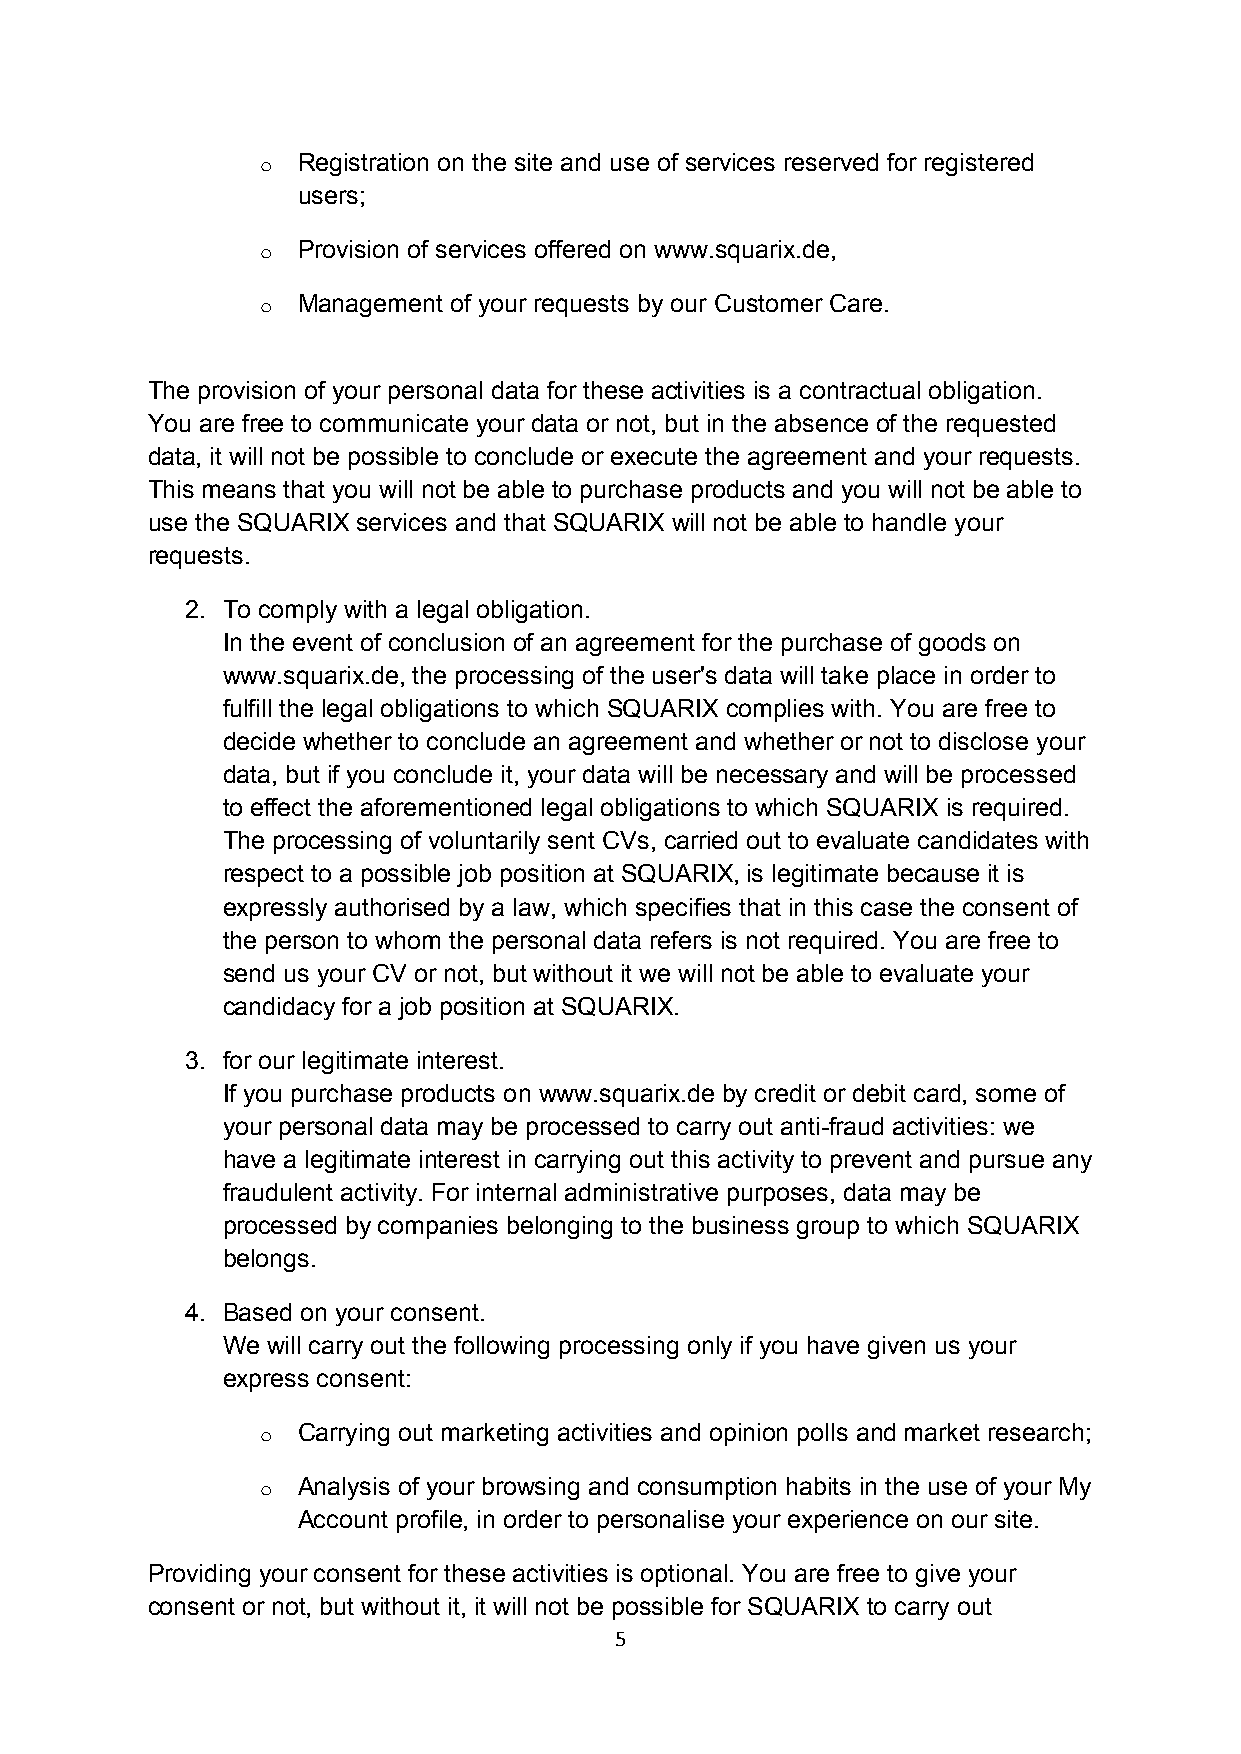
o  Registration on the site and use of services reserved for registered
 users;
 o  Provision of services offered on www.squarix.de,
 o  Management of your requests by our Customer Care.
 The provision of your personal data for these activities is a contractual obligation.
 You are free to communicate your data or not, but in the absence of the requested
 data, it will not be possible to conclude or execute the agreement and your requests.
 This means that you will not be able to purchase products and you will not be able to
 use the SQUARIX services and that SQUARIX will not be able to handle your
 requests.
 2. To comply with a legal obligation.
 In the event of conclusion of an agreement for the purchase of goods on
 www.squarix.de, the processing of the user's data will take place in order to
 fulfill the legal obligations to which SQUARIX complies with. You are free to
 decide whether to conclude an agreement and whether or not to disclose your
 data, but if you conclude it, your data will be necessary and will be processed
 to effect the aforementioned legal obligations to which SQUARIX is required.
 The processing of voluntarily sent CVs, carried out to evaluate candidates with
 respect to a possible job position at SQUARIX, is legitimate because it is
 expressly authorised by a law, which specifies that in this case the consent of
 the person to whom the personal data refers is not required. You are free to
 send us your CV or not, but without it we will not be able to evaluate your
 candidacy for a job position at SQUARIX.
 3. for our legitimate interest.
 If you purchase products on www.squarix.de by credit or debit card, some of
 your personal data may be processed to carry out anti-fraud activities: we
 have a legitimate interest in carrying out this activity to prevent and pursue any
 fraudulent activity. For internal administrative purposes, data may be
 processed by companies belonging to the business group to which SQUARIX
 belongs.
 4. Based on your consent.
 We will carry out the following processing only if you have given us your
 express consent:
 o  Carrying out marketing activities and opinion polls and market research;
 o  Analysis of your browsing and consumption habits in the use of your My
 Account profile, in order to personalise your experience on our site.
 Providing your consent for these activities is optional. You are free to give your
 consent or not, but without it, it will not be possible for SQUARIX to carry out
 5